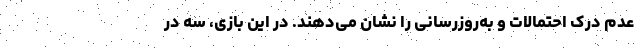
عدم درک احتمالات و به‌روزرسانی را نشان می‌دهند. در این بازی، سه در